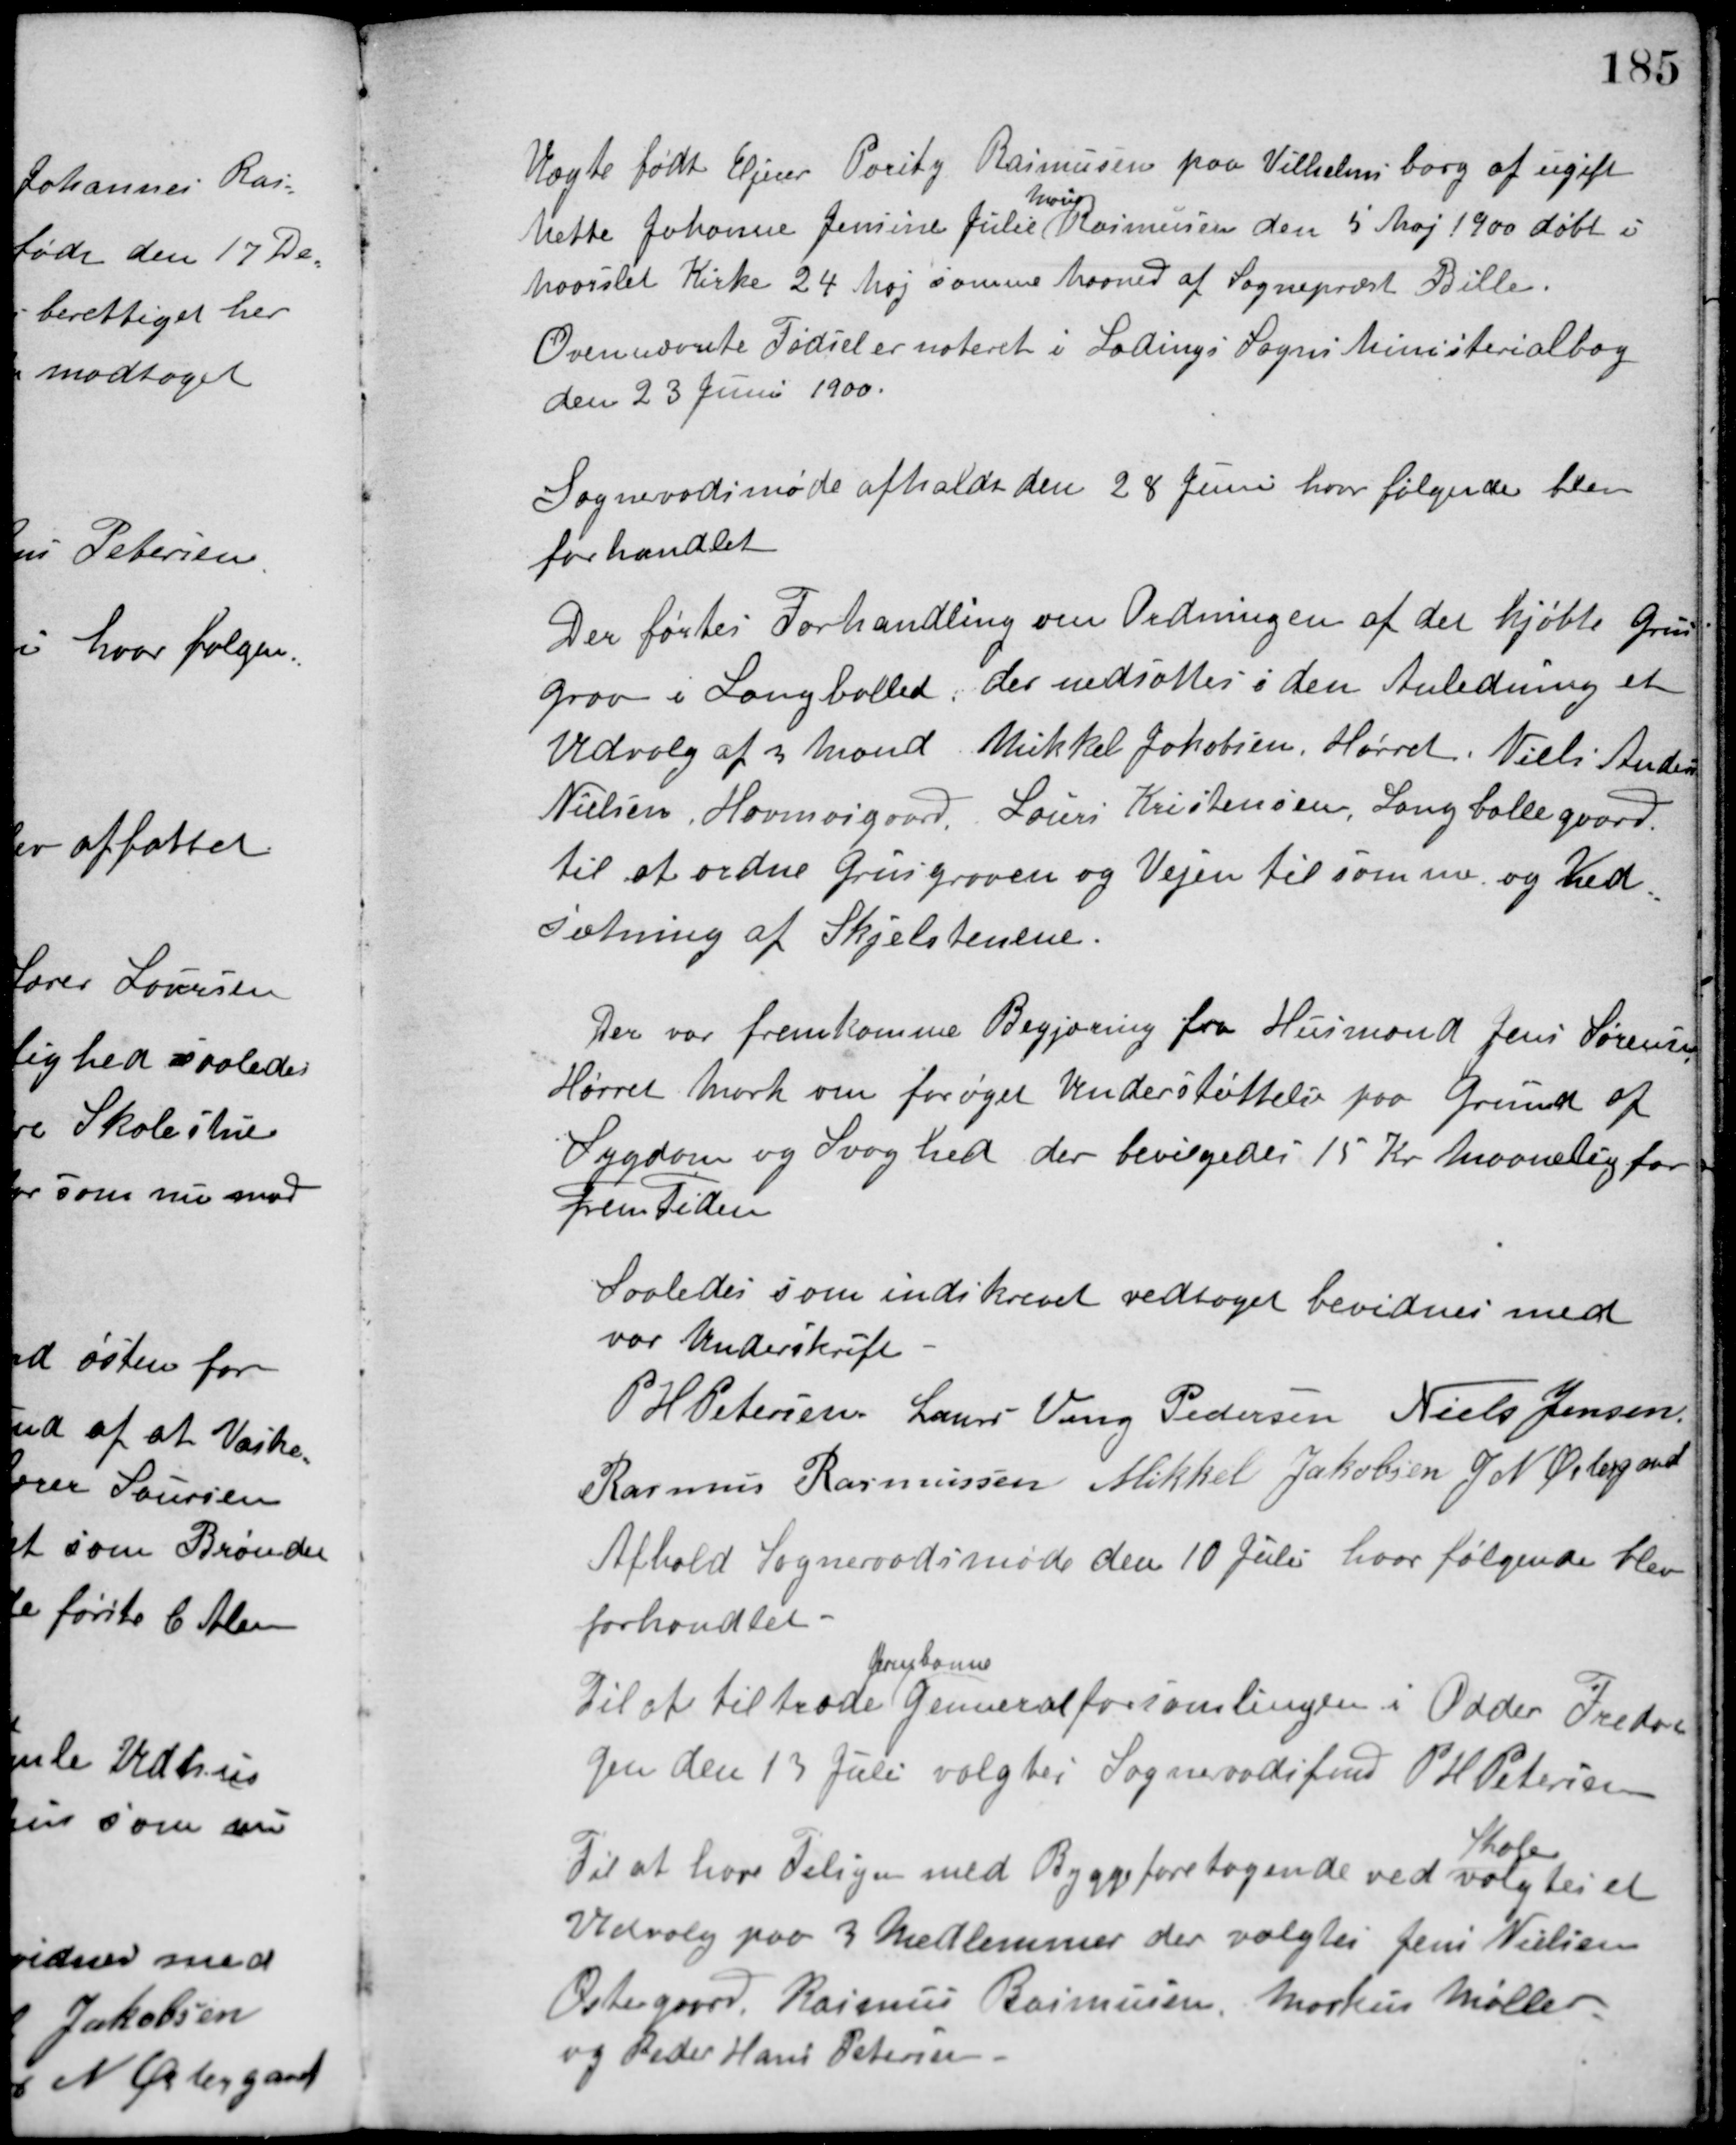
Transskription:
Uægte født Ejner Poritz Rasmussen paa Vilhelmsborg af ugift
Mette Johanne Jensine Julie
Marie
Rasmussen den 5 Maj 1900 døbt i
Maarslet Kirke 24 Maj samme Maaned af Sognepræst Bille.
Ovennævnte Fødsel er noteret i Ladings Sogns Ministerialbog
den 23 Juni 1900.
Sognerådsmøde afholdt den 28 Juni hvor følgende blev
forhandlet.
Der førtes Forhandling om Ordningen af det kjøbte Grus-
grav i Langballed, der nedsattes i den Anledning et
Udvalg af 3 Mand Mikkel Jakobsen, Hørret. Niels Andersen
Nielsen, Havmosgaard, Laurs Kristensen, Langballegaard,
til at ordne Grusgraven og Vejen til samme og Ned-
sætning af Skjelstenene.
Der var fremkomme Begjæring fra Husmand Jens Sørensen
Hørret Mark om forøget Understøttelse paa Grund af
Sygdom og Svaghed der bevilgedes 15 Kr. Maanedlig for
Frem Tiden
Saaledes som indskrevet vedtaget bevidnes med
vor Underskrift.
P. H. Petersen Laurs Veng Pedersen Niels Jensen
Rasmus Rasmussen Mikkel Jakobsen J. N. Østergaard
Afhold Sogneraadsmøde den 10 Juli hvor følgende blev
forhandlet.
Jernbanne
Til at tiltræde Genneralforsamlingen i Odder Freda-
gen den 13 Juli valgtes Sogneraadsfmd. P. H. Petersen
Til at have Tilsyn med Byggeforetagende ved
Skolen
valgtes et
Udvalg paa 3 Medlemmer der valgtes Jens Nielsen
Østergaard, Rasmus Rasmussen, Markus Møller
og Peder Hans Petersen